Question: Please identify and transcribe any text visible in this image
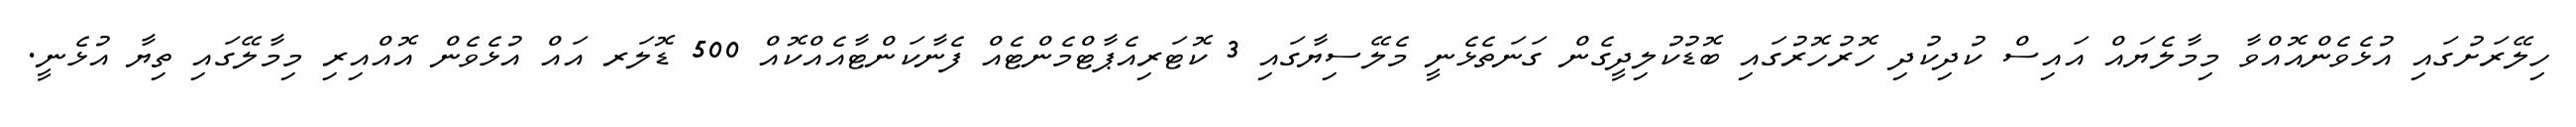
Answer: ހިލޭރަށުގައި އުޅެވެންއޮއްވާ މިމާލެޔައް އައިސް ކުދިކުދި ހޮރުހޮރުގައި ބޮޑުކުލިދީގެން ގަނަތެޅެނީ މެލޭސިޔާގައި 3 ކޮޓަރިއެޕާޓްމެންޓެއް ފެނާކަންޓާއެއްކޮއް 500 ޑޮލަރ އައް އުޅެވެން އޮއްއިރި މިމާލޭގައި ތިޔާ އުޅެނީ.